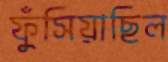
ফুঁসিয়াছিল